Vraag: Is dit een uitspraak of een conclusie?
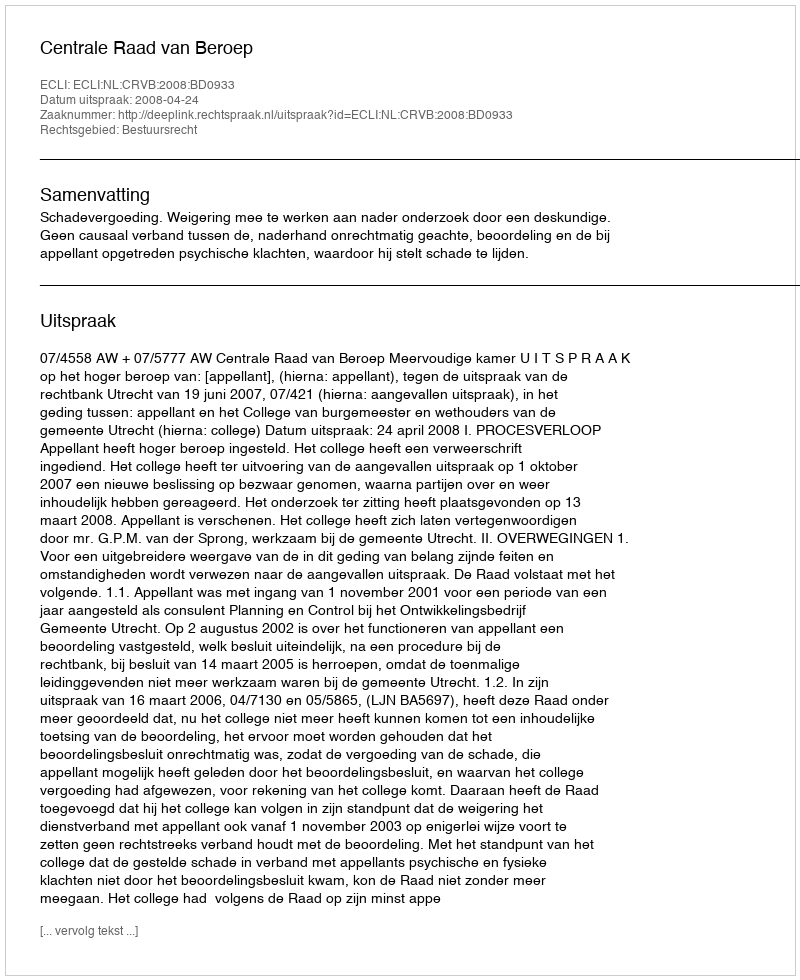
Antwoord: Uitspraak